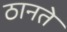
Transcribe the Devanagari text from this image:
ठानते